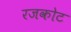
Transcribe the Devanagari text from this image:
रजकोट